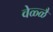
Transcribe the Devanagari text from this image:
वेळ्ळै